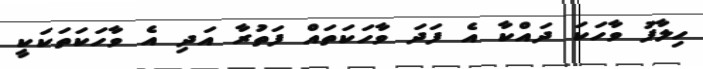
ހިލާފު ވާހަކަ ދައްކާ އެ ފަދަ ވާހަކަތައް ފަތުރާ އަދި އެ ވާހަކަތަކަކީ